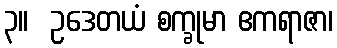
၃။  ဥဒေတယံ စက္ခုမာ ဧကရာဇာ၊